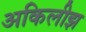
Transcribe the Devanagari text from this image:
अकिलीझ